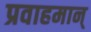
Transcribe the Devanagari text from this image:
प्रवाहमान्